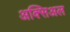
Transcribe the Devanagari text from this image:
अक्सिअल